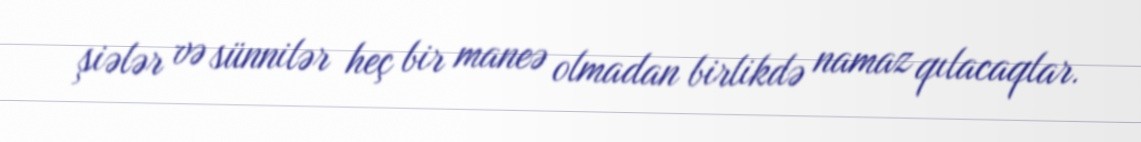
şiələr və sünnilər heç bir maneə olmadan birlikdə namaz qılacaqlar.